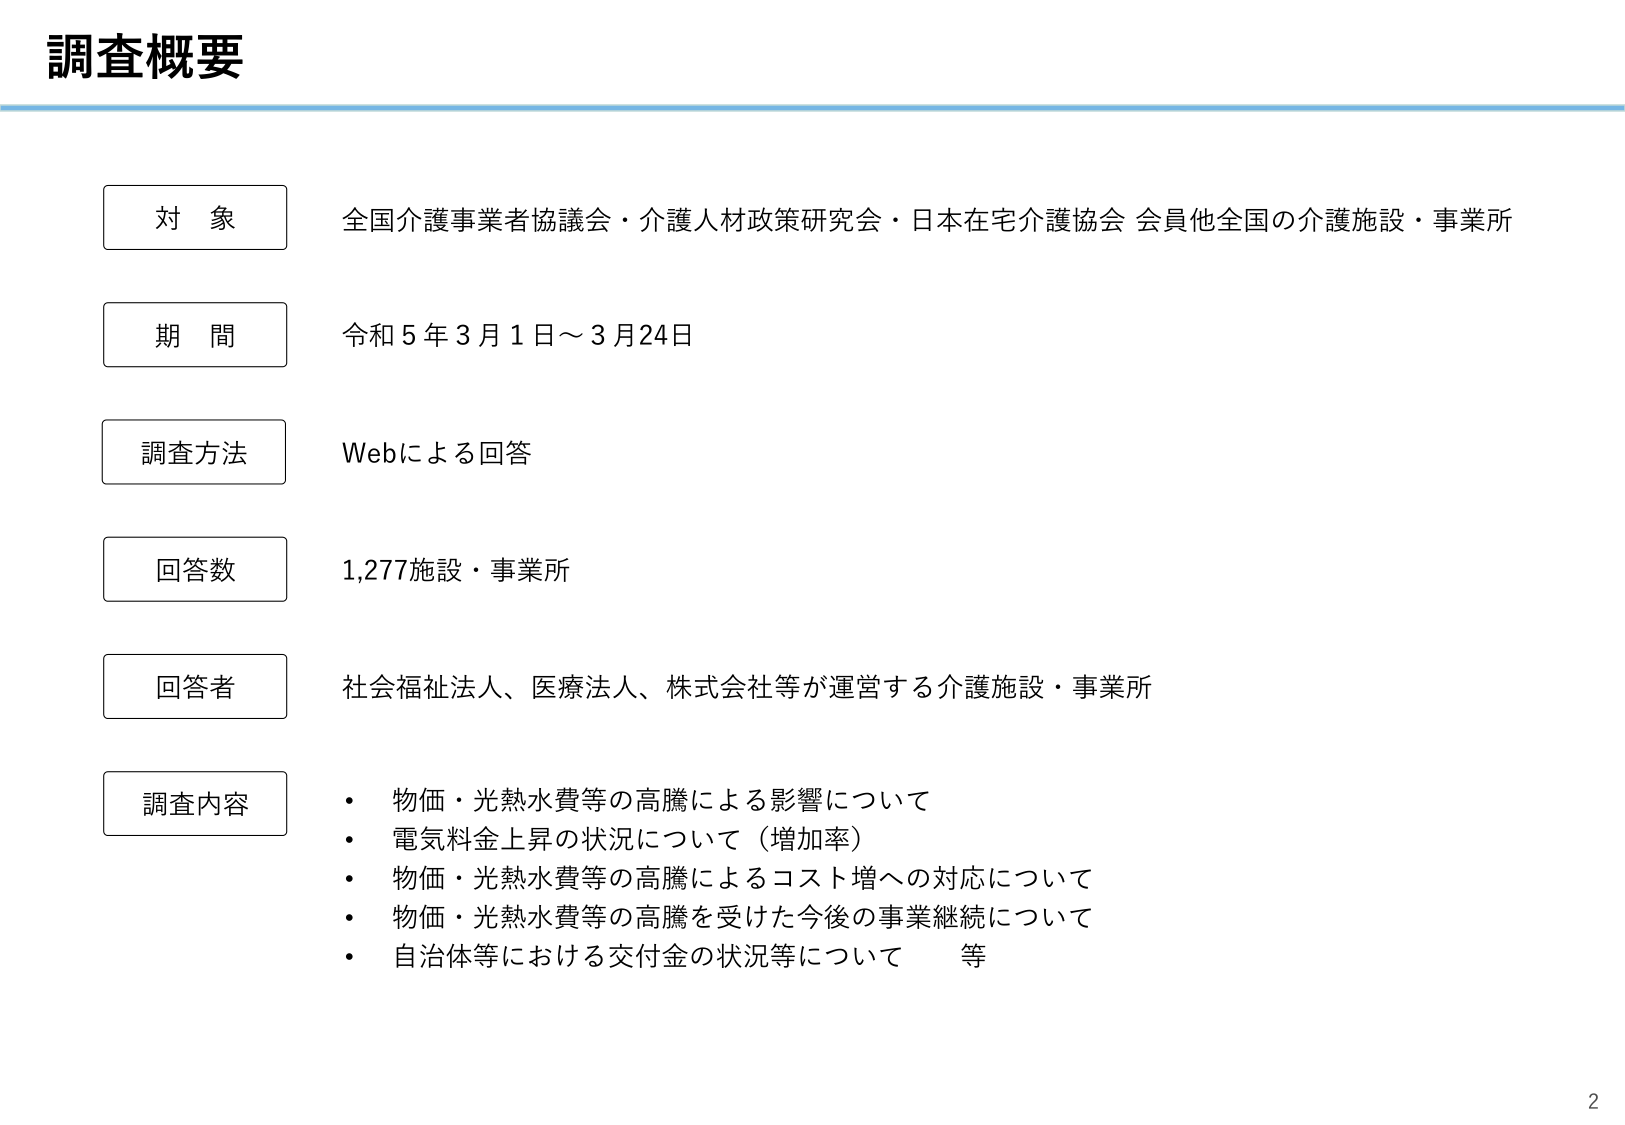
調査概要

対象
全国介護事業者協議会・介護人材政策研究会・日本在宅介護協会 会員他全国の介護施設・事業所

期間
令和5年3月1日～3月24日

調査方法
Webによる回答

回答数
1,277施設・事業所

回答者
社会福祉法人、医療法人、株式会社等が運営する介護施設・事業所

調査内容
・物価・光熱水費等の高騰による影響について
・電気料金上昇の状況について（増加率）
・物価・光熱水費等の高騰によるコスト増への対応について
・物価・光熱水費等の高騰を受けた今後の事業継続について
・自治体等における交付金の状況等について　等

2